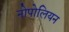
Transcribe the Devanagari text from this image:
नोपोलियन